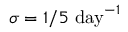
\sigma = 1 / 5 ~ \mathrm { d a y } ^ { - 1 }